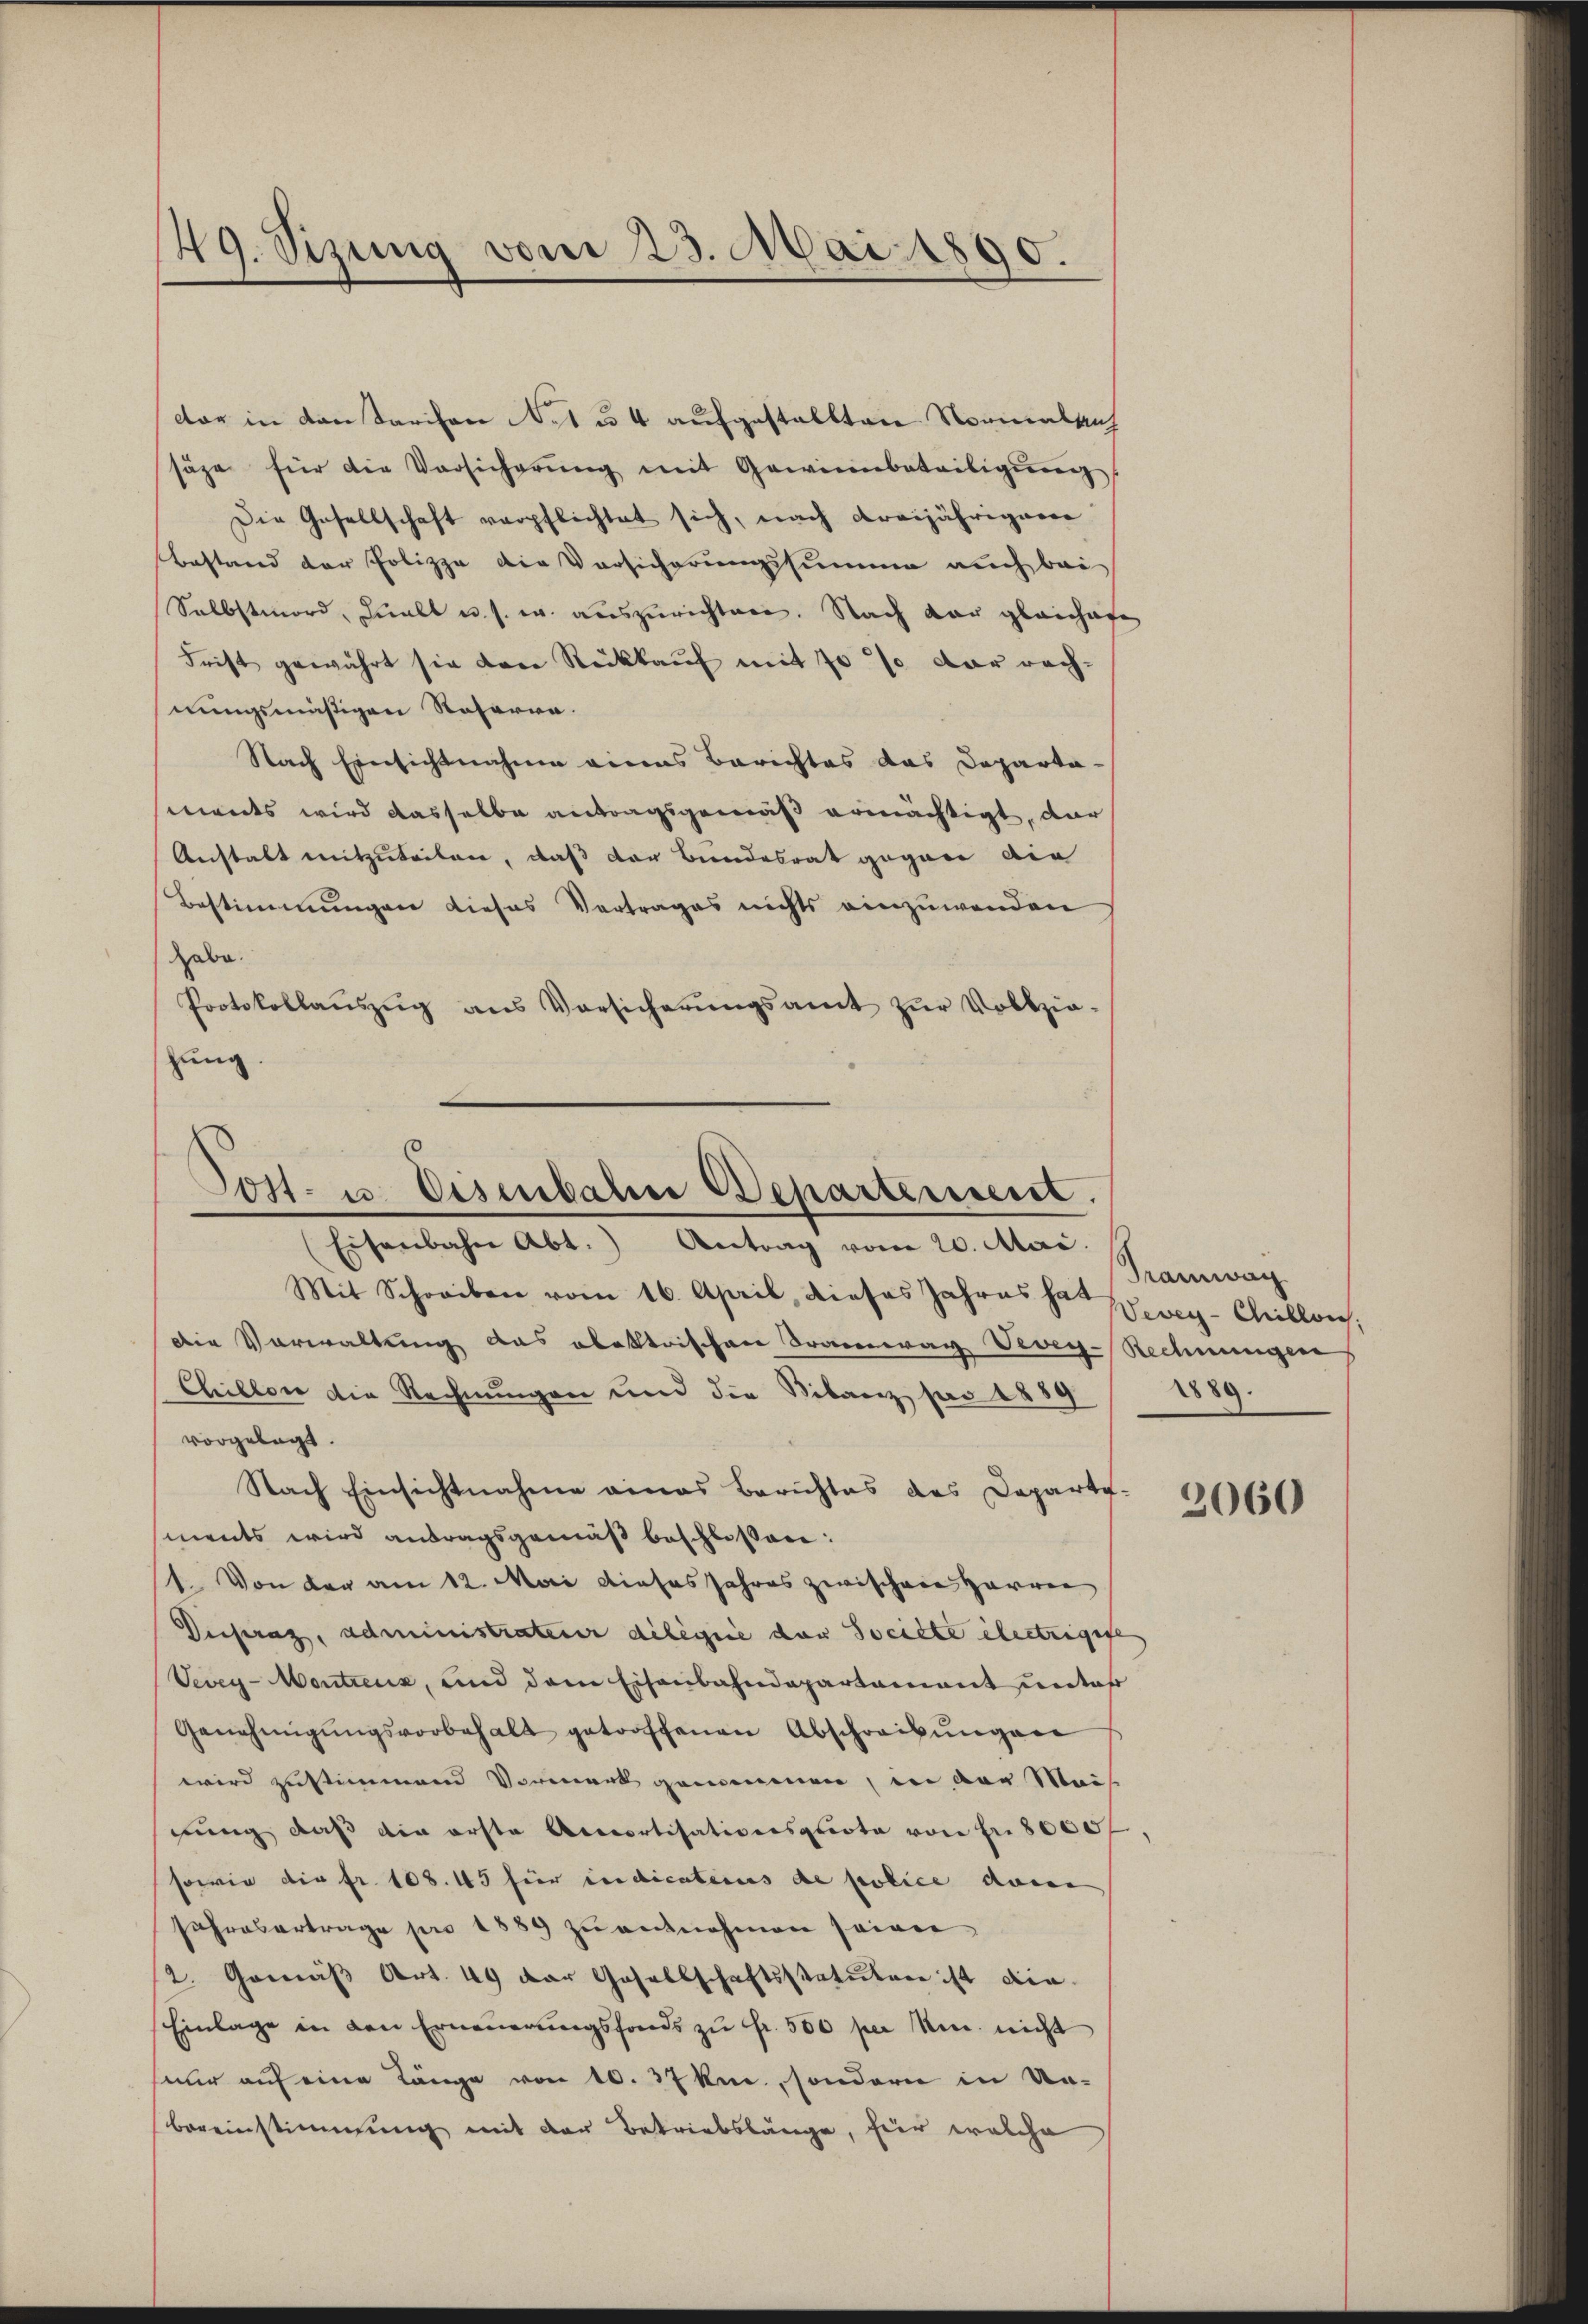
49. Sizung vom 23. Mai 1890.

dar in den darison et u. 4 aufgestellten Normalaich
säge für die Vorsicherŭng mit Gewinnbeteiligŭng.
Die Gesellschaft verpflichtet sich, nach dreijährigen
Bestand der Polizza die Versicherungssumme auch bei
Selbstmord, Quell u. s. w. auszurichten. Nach dar gleichafe
Frist gewährt sie dere Rückkauf mit 70 % der rechnungsmäßigen Roserra
Nach Einsichtnahme eines Berichtes das Departa-
ments wird dasselbe antragsgemäß ermächtigt, dar
Anstalt mitzuteilen, daß der Bundesrat gegen die
Bestimmungen dieses Vertrages nichts einzuwenden
habe.
Protokollaŭszŭg ans Vorsicherŭngsamt zŭr Vollzie-
schung.

Post- u. Eisenbahn Departement.
Eisenbahn Abt.) Antrag vom 20. Mai.

Mit Schreiben vom 16. April, dieses Jahres ha Wweg-Chillich,
Die Vorwaltung das obektrischen Tramway Vevey-Rechnungen
Chillen die Rechnungen und die Bilanz pro 1889/ 1889.
vorgelegt.
Nach Einsichtnahme eines Berichtes des Departi-
ments wird antragsgemäß beschlossen:
1. Von der am 12. Mai dieses Jahres zwischen Harren
Derpraz, administrateur dilique der Societe electrigese
Vevey-Montreuz, und dem Eisenbahndepartamant unter
Genehmigŭngsvorbehalt getroffenen Abschreibŭngen
wird zustimmend Vormerk genommen, in der Meise
tung daß die erste Accortisativersprote von fr. 8000 f
sowie die Fr. 108. 45 für indicatenus de police dann
fahresertrage pro 1889 zu entnehmen seinen
2. Gemäß Art. 49 der Gesellschaftsstatuten ist die
Einlage in den Erneuerungsfonds zu Fr. 500 per um nicht
nur auf eine Länge von 10. 37 kn., sondern in Urbereinstimmung mit der Betriebslänge, hier welche

Tramwag

2060